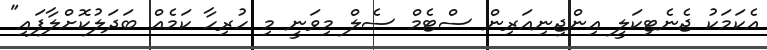
އެކަމަކު ޖެނެޓިކަލީ އިންޖިނިއަރިން ސްޓެމް ސެލް މިވަނީ މި ހުރިހާ ކަމެއް ބަދަލުކޮށްލާފައި"